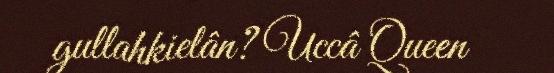
gullahkielân? Uccâ Queen